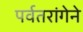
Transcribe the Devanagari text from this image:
पर्वतरांगेने